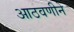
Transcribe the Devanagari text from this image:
आठवणीने